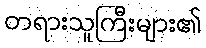
တရားသူကြီးများ၏